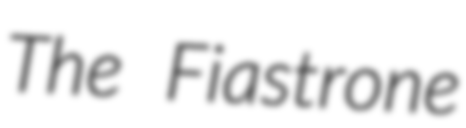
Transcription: The Fiastrone